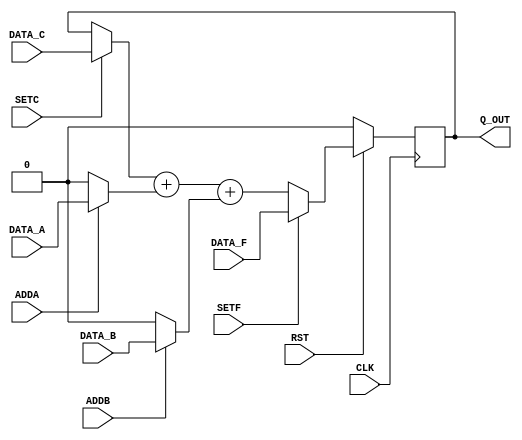

// Copyright (c) 2000-2012 Bluespec, Inc.

// Permission is hereby granted, free of charge, to any person obtaining a copy
// of this software and associated documentation files (the "Software"), to deal
// in the Software without restriction, including without limitation the rights
// to use, copy, modify, merge, publish, distribute, sublicense, and/or sell
// copies of the Software, and to permit persons to whom the Software is
// furnished to do so, subject to the following conditions:

// The above copyright notice and this permission notice shall be included in
// all copies or substantial portions of the Software.

// THE SOFTWARE IS PROVIDED "AS IS", WITHOUT WARRANTY OF ANY KIND, EXPRESS OR
// IMPLIED, INCLUDING BUT NOT LIMITED TO THE WARRANTIES OF MERCHANTABILITY,
// FITNESS FOR A PARTICULAR PURPOSE AND NONINFRINGEMENT. IN NO EVENT SHALL THE
// AUTHORS OR COPYRIGHT HOLDERS BE LIABLE FOR ANY CLAIM, DAMAGES OR OTHER
// LIABILITY, WHETHER IN AN ACTION OF CONTRACT, TORT OR OTHERWISE, ARISING FROM,
// OUT OF OR IN CONNECTION WITH THE SOFTWARE OR THE USE OR OTHER DEALINGS IN
// THE SOFTWARE.
//
// $Revision: 29441 $
// $Date: 2012-08-27 21:58:03 +0000 (Mon, 27 Aug 2012) $

`ifdef BSV_ASSIGNMENT_DELAY
`else
  `define BSV_ASSIGNMENT_DELAY
`endif

`ifdef BSV_POSITIVE_RESET
  `define BSV_RESET_VALUE 1'b1
  `define BSV_RESET_EDGE posedge
`else
  `define BSV_RESET_VALUE 1'b0
  `define BSV_RESET_EDGE negedge
`endif


// N -bit counter with load, set and 2 increment
module Counter(CLK,
               RST,
               Q_OUT,
               DATA_A, ADDA,
               DATA_B, ADDB,
               DATA_C, SETC,
               DATA_F, SETF);

   parameter width = 1;
   parameter init = 0;

   input                 CLK;
   input                 RST;
   input [width - 1 : 0] DATA_A;
   input                 ADDA;
   input [width - 1 : 0] DATA_B;
   input                 ADDB;
   input [width - 1 : 0] DATA_C;
   input                 SETC;
   input [width - 1 : 0] DATA_F;
   input                 SETF;

   output [width - 1 : 0] Q_OUT;



   reg [width - 1 : 0]    q_state ;

   assign                 Q_OUT = q_state ;

   always@(posedge CLK /*or `BSV_RESET_EDGE RST*/ ) begin
    if (RST == `BSV_RESET_VALUE)
      q_state  <= `BSV_ASSIGNMENT_DELAY init;
    else
      begin
         if ( SETF )
           q_state <= `BSV_ASSIGNMENT_DELAY DATA_F ;
         else
           q_state <= `BSV_ASSIGNMENT_DELAY (SETC ? DATA_C : q_state ) + (ADDA ? DATA_A : {width {1'b0}}) + (ADDB ? DATA_B : {width {1'b0}} ) ;
      end // else: !if(RST == `BSV_RESET_VALUE)
   end // always@ (posedge CLK)

`ifdef BSV_NO_INITIAL_BLOCKS
`else // not BSV_NO_INITIAL_BLOCKS
   // synopsys translate_off
   initial begin
      q_state = {((width + 1)/2){2'b10}} ;
   end
   // synopsys translate_on
`endif // BSV_NO_INITIAL_BLOCKS

endmodule